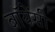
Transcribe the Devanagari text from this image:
बॉयेंसी